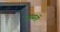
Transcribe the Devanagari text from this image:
वायनी